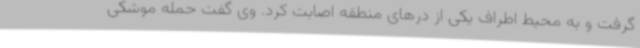
گرفت و به محیط اطراف یکی از درهای منطقه اصابت کرد. وی گفت حمله موشکی